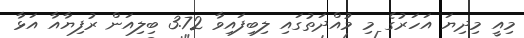
މިއީ މިދިޔަ އަހަރުގެ މި މުއްދަތުގައި ލިބިފައިވާ 3.72 ބިލިއަން ރުފިޔާއާ އަޅާ